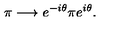
\pi \longrightarrow e ^ { - i \theta } \pi e ^ { i \theta } .